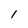
Character: I